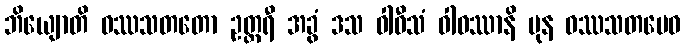
ဘိယျောတိ ဝဿသတတော ဥတ္တရီ အခွံ ဒသ ဝါဝီသံ ဝါဝဿာနိ ပုန ဝဿသတမေဝ